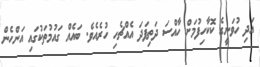
އަދި ހުވަނީގެ ކޮކާހިފުމަށް ހާއްސަ ދަތިފަދަ އެއްޗެހި ހުރެއެވެ. ބައެއް ގައުމުތަކުގައި އަންހެން